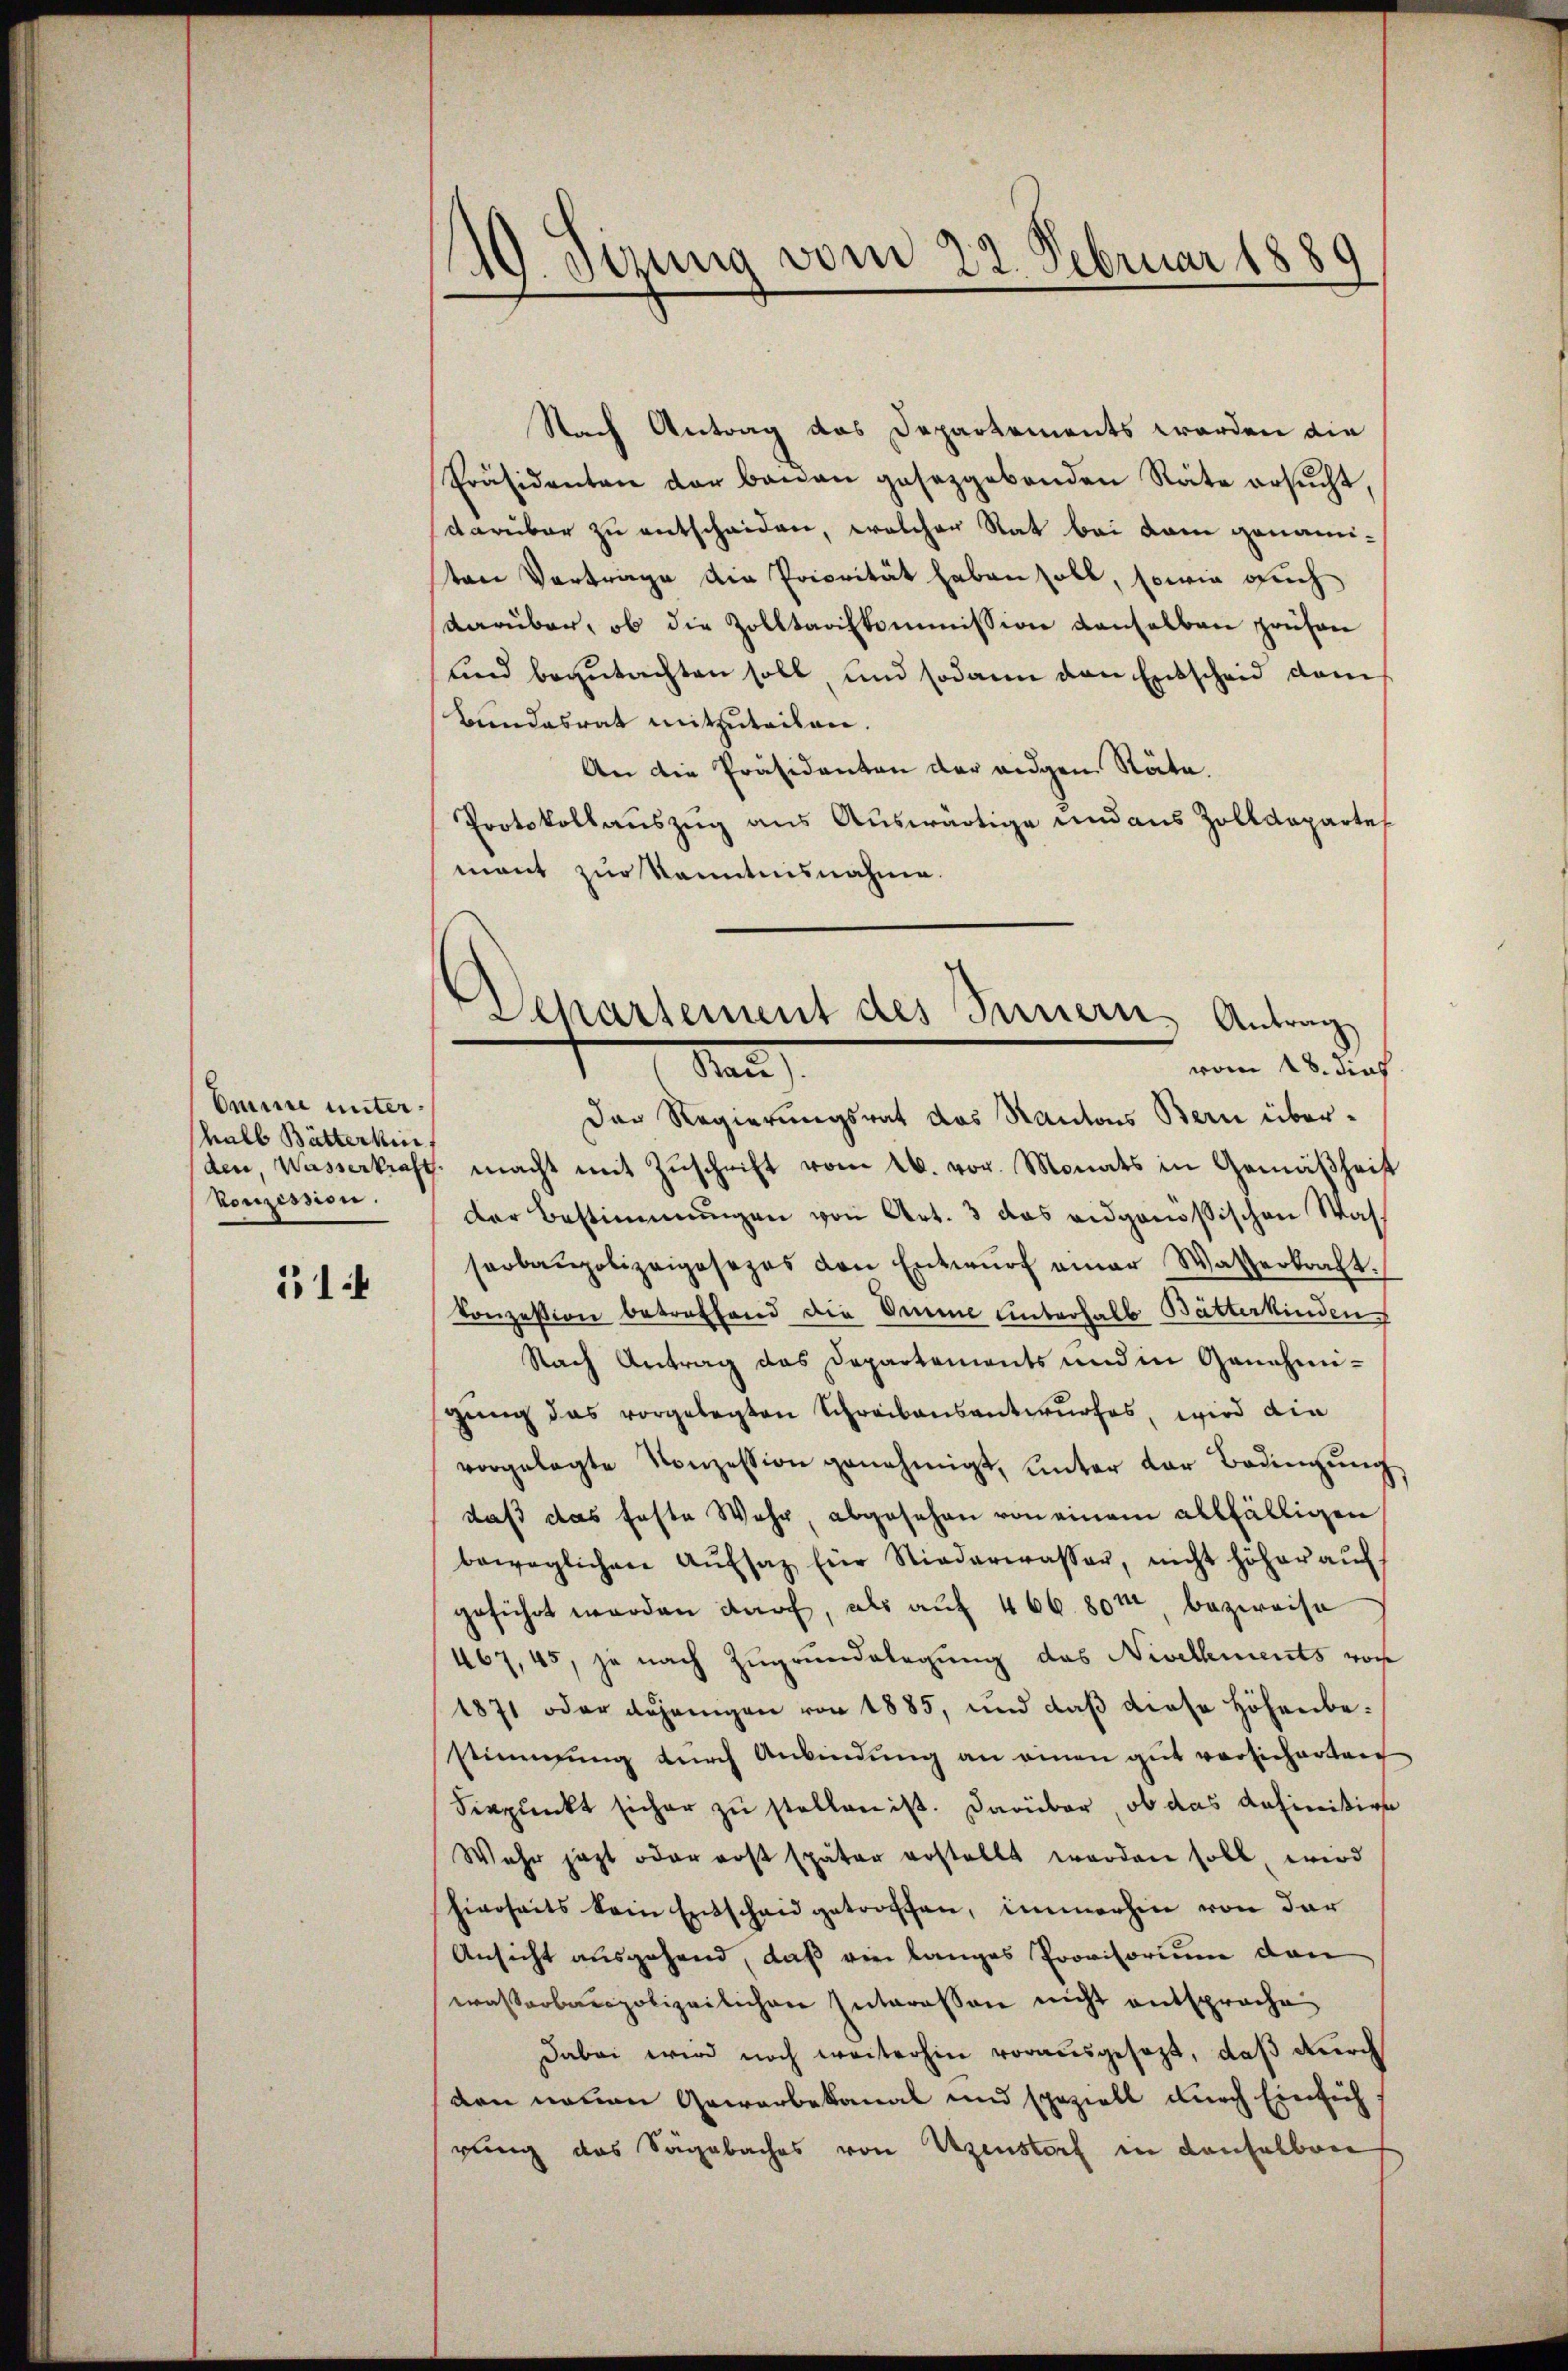
Omine unterhalb Bätterkin
Conzession.

14

140. Jizung vom 22. Februar 1880

Nach Antrag das Departements worden die
Präsidenten der bauen gesetzgebenden Räte ersŭcht
darüber zu entscheiden, welcher Rat bei kam genamiten Vortrage die Priorität haben soll, sowie such
darüber, ob die Zolltagskommission denselben prühren
und begutachten soll, und sodann den Entscheid dem
Bundesrat mitzuteilen.
An die Präsidenten der eigen Räte.
Protokollauszug aus Auswärtige und aus Zolldepartet
mant zur Kenntnisnahme.

Departement des Innern, Antrag
vom 18. dies
kann

Der Regierungsrat das Kantons Bern überden, Wasserkraft. macht mit Zŭschrift vom 26. vor. Monats in Gemäßheit
Der Bestimmungen von Art. 3 das eidgenössischen Wasserbaupolizeiposezes von Entwŭrf einer Wasserkraft.
Conzession betreffend die Dime Unterhalb Butterkinden
Nach Antrag das Departements und in Genehmi-
gung das vorgelegten Schreibensantwurfes, wird die
vorgelegte Konzession genehmigt, unter der Bedingŭng
daß das feste Wahr, abgesehen von einem allfälligen
beweglichen Aŭfsatz für Niederwasser, nicht höher aŭf
geführt werden darf, als auf 466 80m bezweife
467, 45, je nach Zugrundlegung das Nivellments von
1871 oder anjenigen von 1885, und daß diese Höhenbestimmung durch Anbindung an einen gut vorsicherten
derpunkt sicher zu stellen ist. Darüber, ob das definitive
Wahr jezt oder erst später erstellt worden soll, wird
hierseits kein Entschaid getroffen, immerhin von der
Ansicht ausgehend, daß ein langes Provisorium den
wasserbaupolizeilichen Interessen nicht entsproche
Dabei wird noch weiterhin vorausgesezt, daß durch
den neuen Gewerbekanal und speziell durch Einsich
rung des Sagabaches von Uzenstorf in denselben